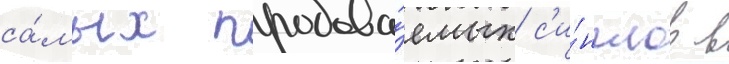
са́мых продава́емых с'и́нглов в